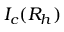
I _ { c } ( R _ { h } )